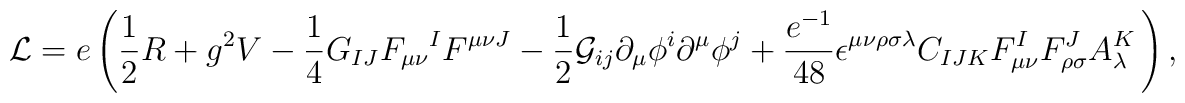
{\cal L}=e\left( {\frac{1}{2}}R+g^{2}V-{\frac{1}{4}}G_{IJ}F_{\mu \nu}{}^{I}F^{\mu \nu J}-{\frac{1}{2}}{\cal G}_{ij}\partial _{\mu }\phi^{i}\partial ^{\mu }\phi ^{j}+{\frac{e^{-1}}{48}}\epsilon ^{\mu \nu \rho\sigma \lambda }C_{IJK}F_{\mu \nu }^{I}F_{\rho \sigma }^{J}A_{\lambda}^{K}\,\right) ,